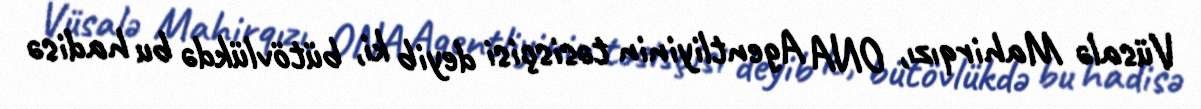
Vüsalə Mahirqızı, ONA Agentliyinin təsisçisi deyib ki, bütövlükdə bu hadisə